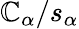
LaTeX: \mathbb{C}_{\alpha}/s_{\alpha}